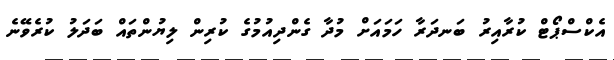
އެކްސްޕޯޓް ކުރާއިރު ބަނދަރާ ހަމައަށް މުދާ ގެންދިއުމުގެ ކުރިން ލިޔުންތައް ބަދަލު ކުރެވޭނެ